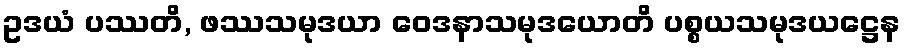
ဥဒယံ ပဿတိ, ဖဿသမုဒယာ ဝေဒနာသမုဒယောတိ ပစ္စယသမုဒယဋ္ဌေန